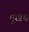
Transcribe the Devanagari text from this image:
मुखच